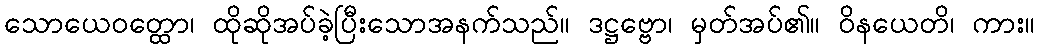
သောယေဝတ္ထော၊ ထိုဆိုအပ်ခဲ့ပြီးသောအနက်သည်။ ဒဋ္ဌဗ္ဗော၊ မှတ်အပ်၏။ ဝိနယေတိ၊ ကား။